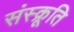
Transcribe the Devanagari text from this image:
संस्क्रूति